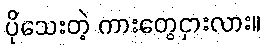
ပိုသေးတဲ့ ကားတွေငှားလား။